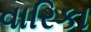
વારિકા